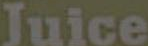
Juice